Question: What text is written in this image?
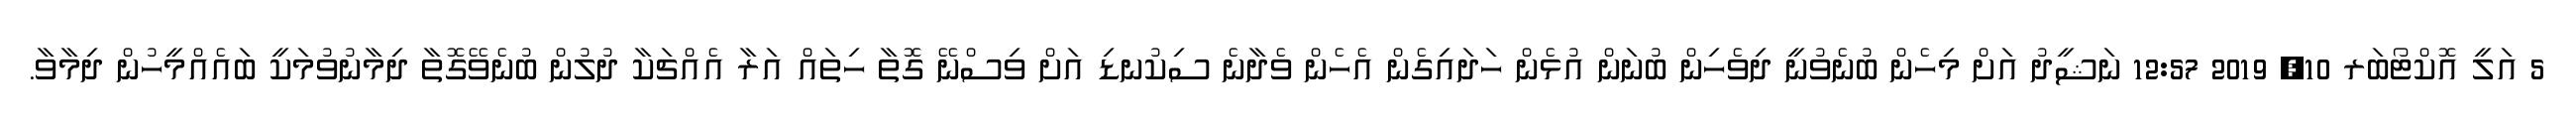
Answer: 5 އަލީ އޮކްޓޯބަރ 10, 2019 12:57 ނަޝީދު އަށް މިހެން ބުނެވުނީ ދިވެހިން ބުނަން އުޅެން ހަދައިގެން އެހެން ވެދާނެ ސިކުނޑި އަށް ވިސްނޭ ގޮތާ ހިތައް އަރާ އެއްޗަކާ ދުލުން ބުނެވޭގޮތާ ދިމާނުވުމަކީ ބައެއްމީހުން ދިމާވާ.